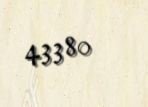
43380